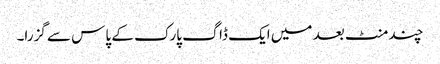
چند منٹ بعد میں ایک ڈاگ پارک کے پاس سے گزرا۔